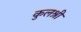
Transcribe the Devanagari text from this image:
कुलश्री